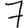
Digit: 7